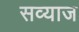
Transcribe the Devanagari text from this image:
सव्याज